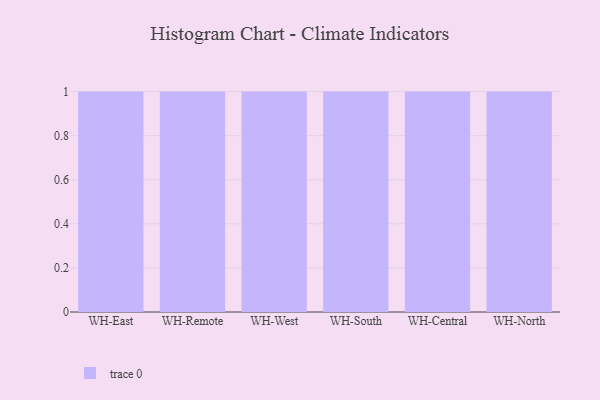
{"axis": {"x": "Warehouse", "y": "Budget (USD K)"}, "legend": [""], "data": [{"x": "WH-East", "y": 60, "type": ""}, {"x": "WH-Remote", "y": 9, "type": ""}, {"x": "WH-West", "y": 72, "type": ""}, {"x": "WH-South", "y": 50, "type": ""}, {"x": "WH-Central", "y": 89, "type": ""}, {"x": "WH-North", "y": 96, "type": ""}]}